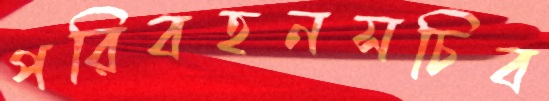
পরিবহনসচিব